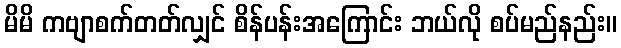
မိမိ ကဗျာစက်တတ်လျှင် စိန်ပန်းအကြောင်း ဘယ်လို စပ်မည်နည်း။